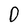
Character: D